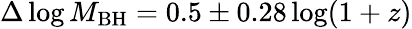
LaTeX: \Delta\log M_{\mathrm{BH}}=0.5\pm 0.28\log(1+z)